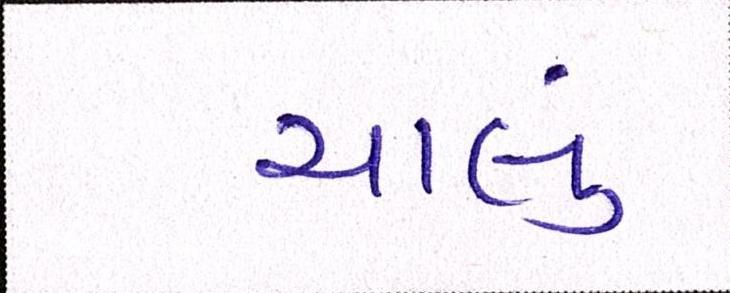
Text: ચાલું